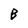
Character: B